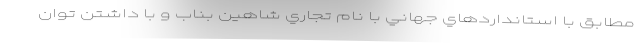
مطابق با استانداردهاي جهاني با نام تجاري شاهين بناب و با داشتن توان